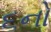
૬નો